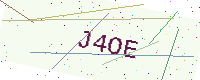
Text: J4OE